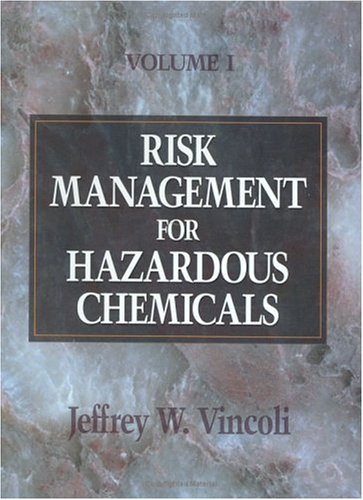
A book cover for Risk Management for Hazardous Chemicals; Jeffrey Wayne Vincoli; Science & Math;